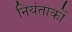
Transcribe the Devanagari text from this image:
नियंताकों